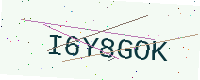
Text: I6Y8GOK